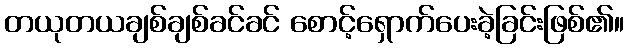
တယုတယချစ်ချစ်ခင်ခင် စောင့်ရှောက်ပေးခဲ့ခြင်းဖြစ်၏။